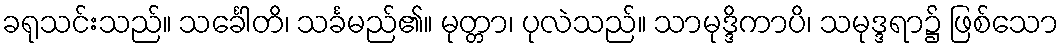
ခရုသင်းသည်။ သင်္ခေါတိ၊ သင်္ခမည်၏။ မုတ္တာ၊ ပုလဲသည်။ သာမုဒ္ဒိကာပိ၊ သမုဒ္ဒရာ၌ ဖြစ်သော